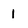
Character: 1